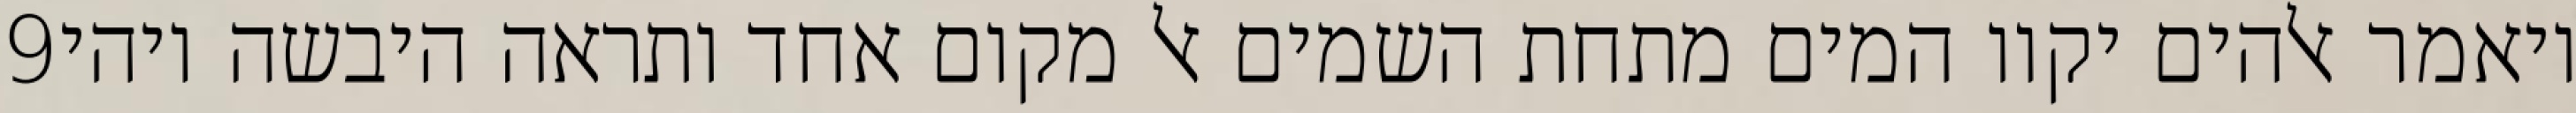
‎9‏ ויאמר אלהים יקוו המים מתחת השמים אל מקום אחד ותראה היבשה ויהי